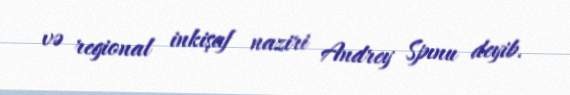
və regional inkişaf naziri Andrey Spınu deyib.